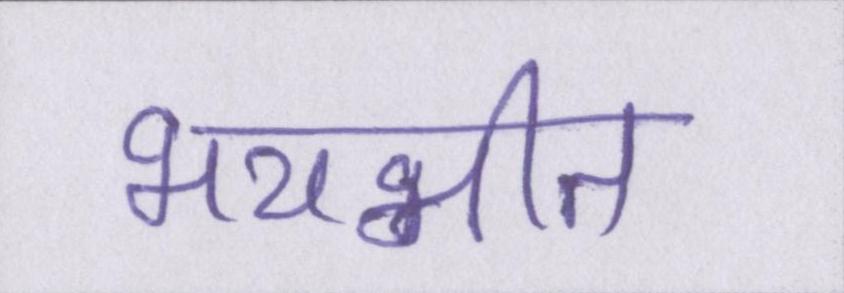
भयभीत